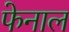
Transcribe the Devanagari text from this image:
फेनाल